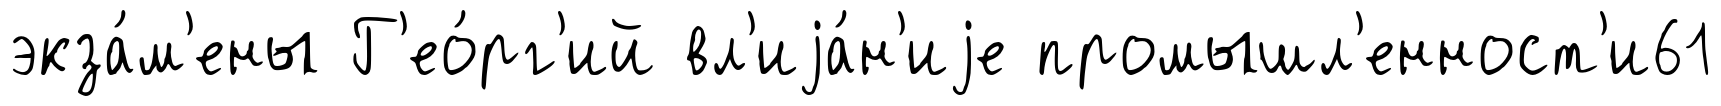
экза́м'ены Г'ео́рг'ий вл'иjа́н'иjе промышл'енност'и61